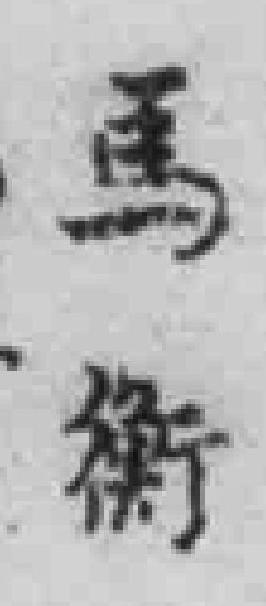
馬衡